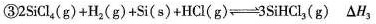
③$$2SiCl_{4}(g)+H_{2}(g)+Si(s)+HCl(g) \rightleftharpoons 3SiHCl_{3}(g) \Delta H_{3}$$